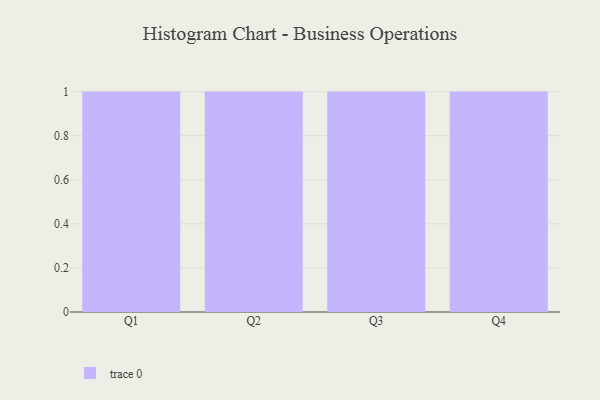
{"axis": {"x": "Quarter", "y": "Budget (USD K)"}, "legend": [""], "data": [{"x": "Q1", "y": 31, "type": ""}, {"x": "Q2", "y": 84, "type": ""}, {"x": "Q3", "y": 88, "type": ""}, {"x": "Q4", "y": 12, "type": ""}]}